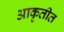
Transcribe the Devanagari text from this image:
आकृतीत